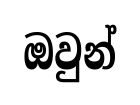
ඔවුන්